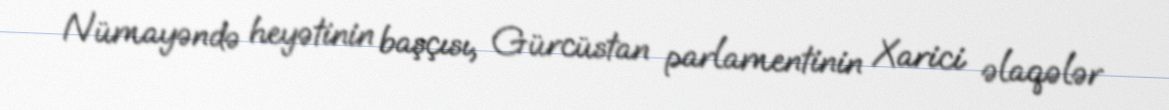
Nümayəndə heyətinin başçısı, Gürcüstan parlamentinin Xarici əlaqələr